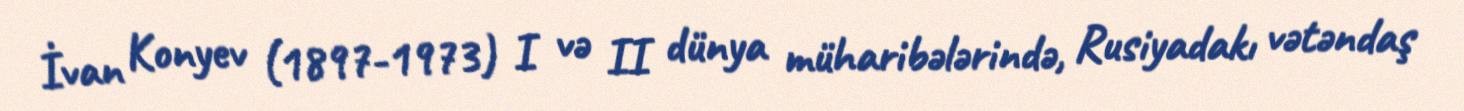
İvan Konyev (1897-1973) I və II dünya müharibələrində, Rusiyadakı vətəndaş